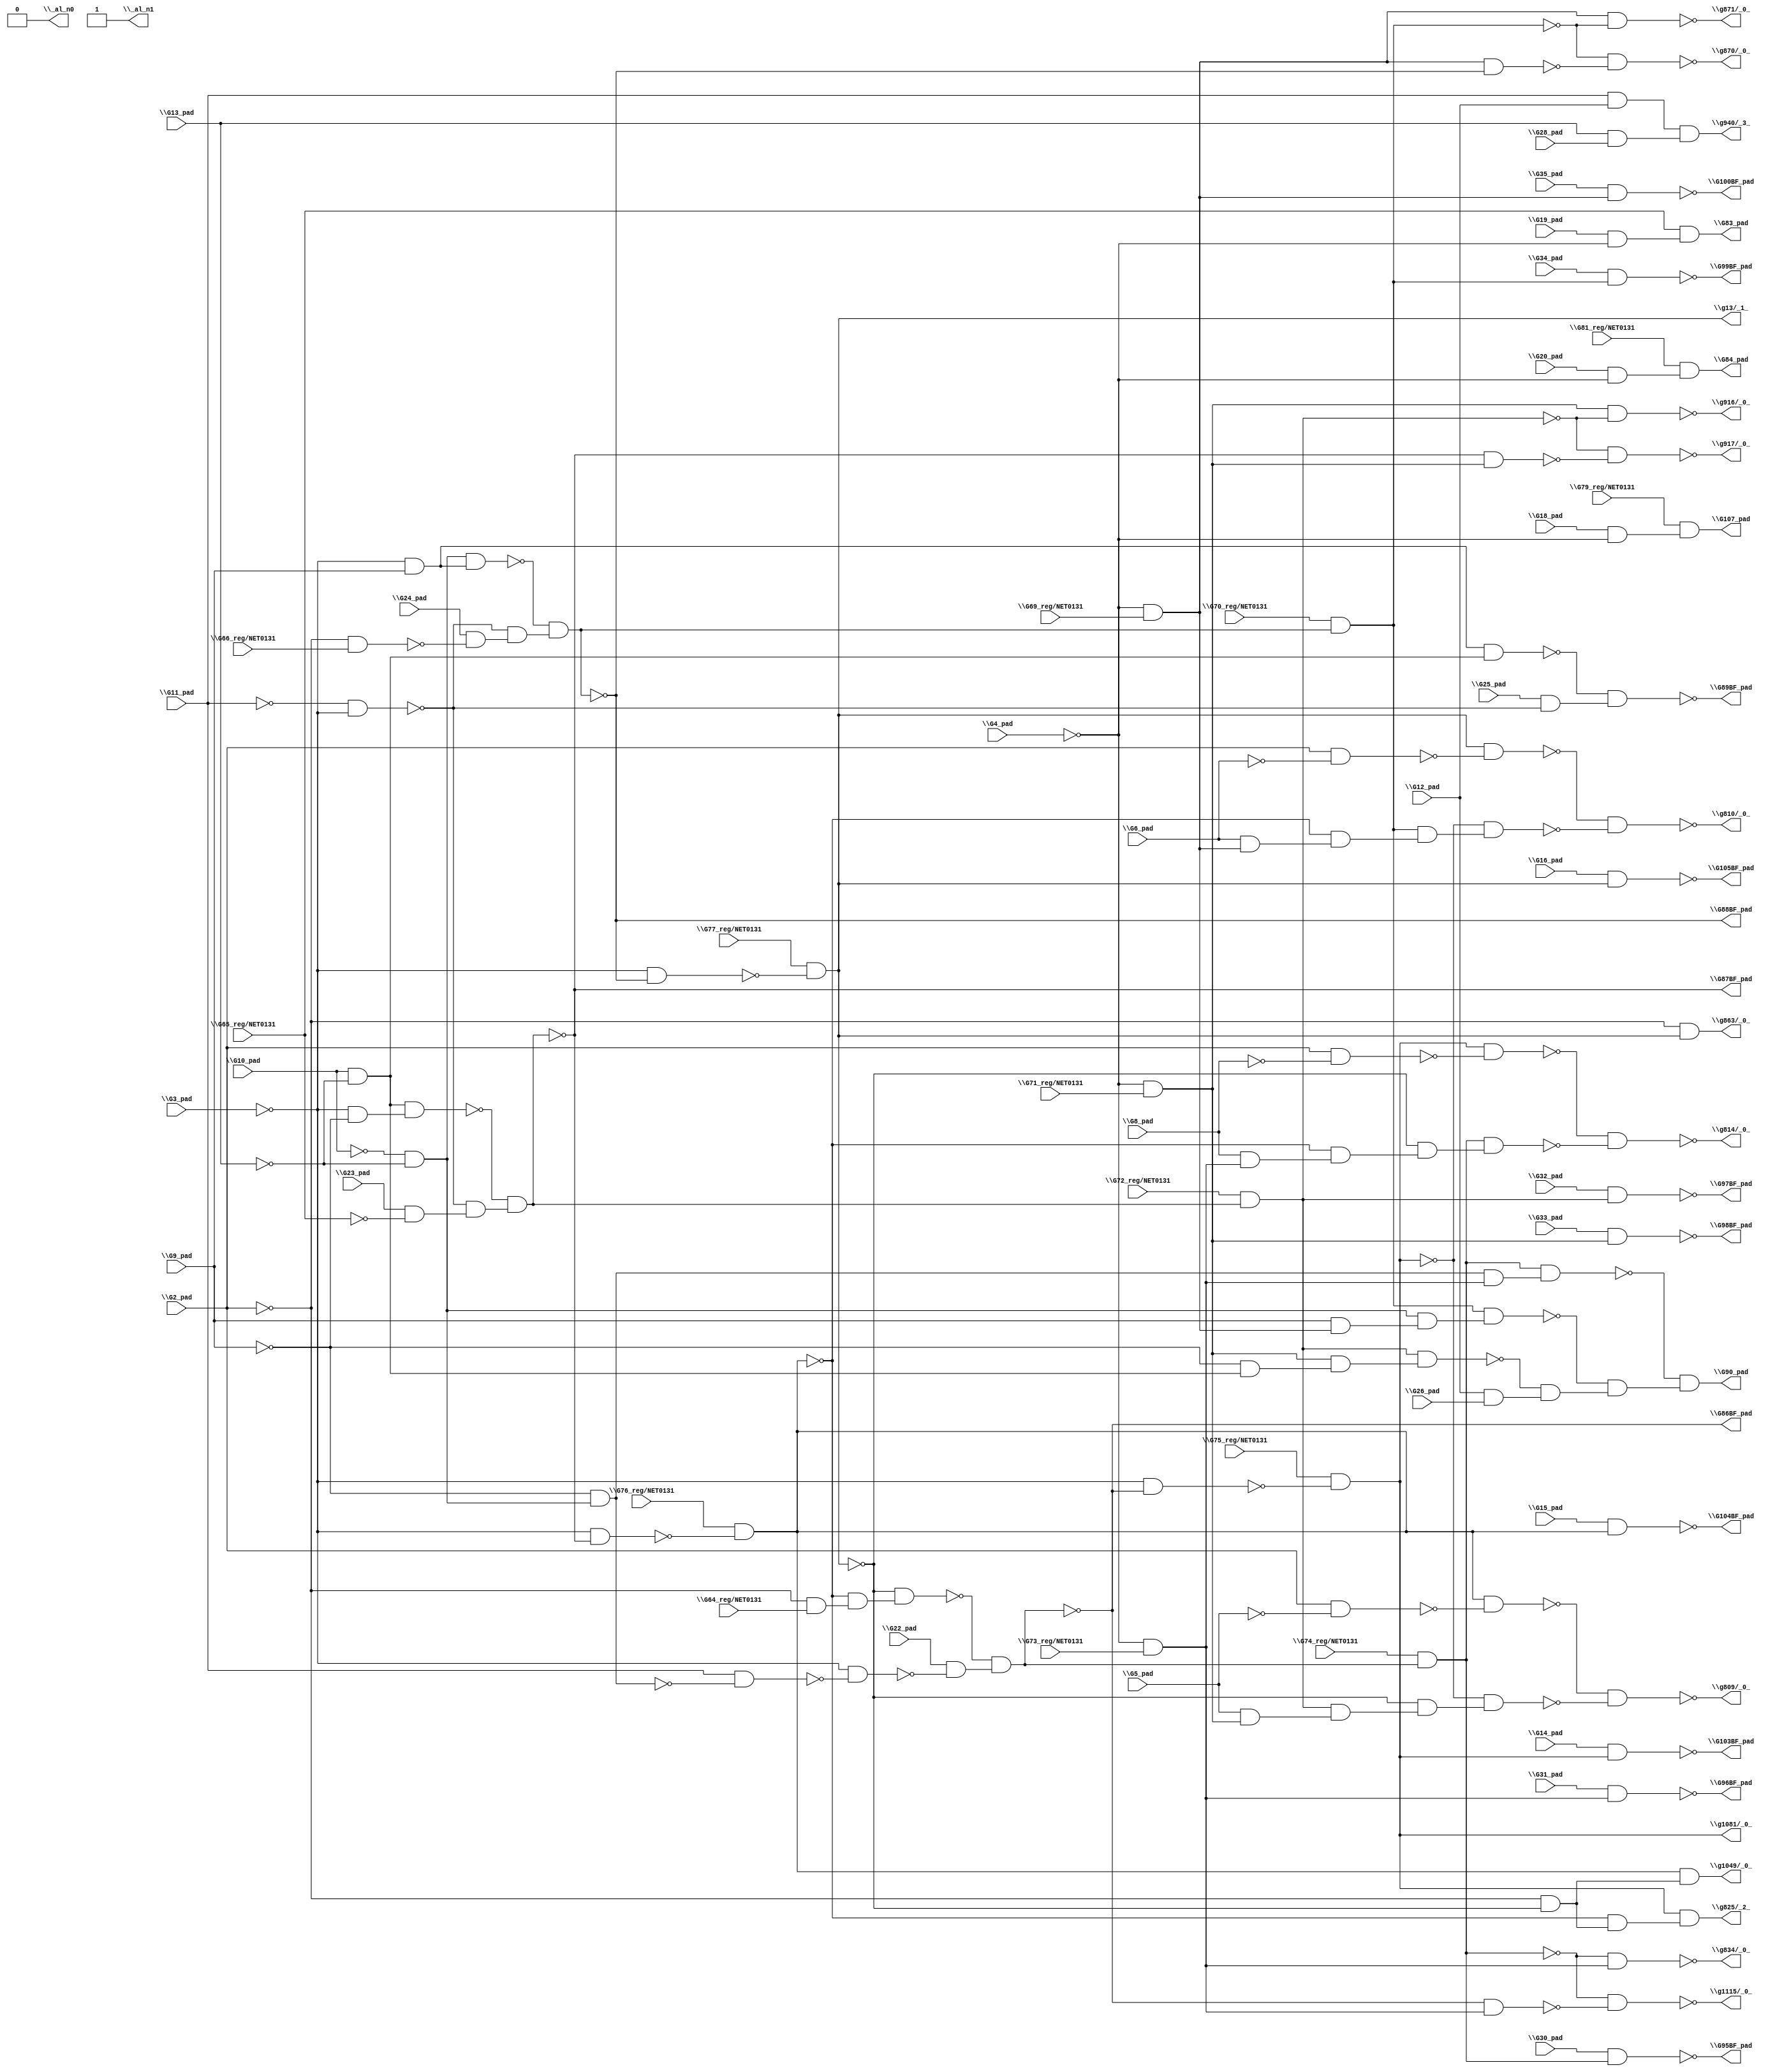
module top( \G10_pad  , \G11_pad  , \G12_pad  , \G13_pad  , \G14_pad  , \G15_pad  , \G16_pad  , \G18_pad  , \G19_pad  , \G20_pad  , \G22_pad  , \G23_pad  , \G24_pad  , \G25_pad  , \G26_pad  , \G28_pad  , \G2_pad  , \G30_pad  , \G31_pad  , \G32_pad  , \G33_pad  , \G34_pad  , \G35_pad  , \G3_pad  , \G4_pad  , \G5_pad  , \G64_reg/NET0131  , \G65_reg/NET0131  , \G66_reg/NET0131  , \G69_reg/NET0131  , \G6_pad  , \G70_reg/NET0131  , \G71_reg/NET0131  , \G72_reg/NET0131  , \G73_reg/NET0131  , \G74_reg/NET0131  , \G75_reg/NET0131  , \G76_reg/NET0131  , \G77_reg/NET0131  , \G79_reg/NET0131  , \G81_reg/NET0131  , \G8_pad  , \G9_pad  , \G100BF_pad  , \G103BF_pad  , \G104BF_pad  , \G105BF_pad  , \G107_pad  , \G83_pad  , \G84_pad  , \G86BF_pad  , \G87BF_pad  , \G88BF_pad  , \G89BF_pad  , \G90_pad  , \G95BF_pad  , \G96BF_pad  , \G97BF_pad  , \G98BF_pad  , \G99BF_pad  , \_al_n0  , \_al_n1  , \g1049/_0_  , \g1081/_0_  , \g1115/_0_  , \g13/_1_  , \g809/_0_  , \g810/_0_  , \g814/_0_  , \g825/_2_  , \g834/_0_  , \g863/_0_  , \g870/_0_  , \g871/_0_  , \g916/_0_  , \g917/_0_  , \g940/_3_  );
  input \G10_pad  ;
  input \G11_pad  ;
  input \G12_pad  ;
  input \G13_pad  ;
  input \G14_pad  ;
  input \G15_pad  ;
  input \G16_pad  ;
  input \G18_pad  ;
  input \G19_pad  ;
  input \G20_pad  ;
  input \G22_pad  ;
  input \G23_pad  ;
  input \G24_pad  ;
  input \G25_pad  ;
  input \G26_pad  ;
  input \G28_pad  ;
  input \G2_pad  ;
  input \G30_pad  ;
  input \G31_pad  ;
  input \G32_pad  ;
  input \G33_pad  ;
  input \G34_pad  ;
  input \G35_pad  ;
  input \G3_pad  ;
  input \G4_pad  ;
  input \G5_pad  ;
  input \G64_reg/NET0131  ;
  input \G65_reg/NET0131  ;
  input \G66_reg/NET0131  ;
  input \G69_reg/NET0131  ;
  input \G6_pad  ;
  input \G70_reg/NET0131  ;
  input \G71_reg/NET0131  ;
  input \G72_reg/NET0131  ;
  input \G73_reg/NET0131  ;
  input \G74_reg/NET0131  ;
  input \G75_reg/NET0131  ;
  input \G76_reg/NET0131  ;
  input \G77_reg/NET0131  ;
  input \G79_reg/NET0131  ;
  input \G81_reg/NET0131  ;
  input \G8_pad  ;
  input \G9_pad  ;
  output \G100BF_pad  ;
  output \G103BF_pad  ;
  output \G104BF_pad  ;
  output \G105BF_pad  ;
  output \G107_pad  ;
  output \G83_pad  ;
  output \G84_pad  ;
  output \G86BF_pad  ;
  output \G87BF_pad  ;
  output \G88BF_pad  ;
  output \G89BF_pad  ;
  output \G90_pad  ;
  output \G95BF_pad  ;
  output \G96BF_pad  ;
  output \G97BF_pad  ;
  output \G98BF_pad  ;
  output \G99BF_pad  ;
  output \_al_n0  ;
  output \_al_n1  ;
  output \g1049/_0_  ;
  output \g1081/_0_  ;
  output \g1115/_0_  ;
  output \g13/_1_  ;
  output \g809/_0_  ;
  output \g810/_0_  ;
  output \g814/_0_  ;
  output \g825/_2_  ;
  output \g834/_0_  ;
  output \g863/_0_  ;
  output \g870/_0_  ;
  output \g871/_0_  ;
  output \g916/_0_  ;
  output \g917/_0_  ;
  output \g940/_3_  ;
  wire n44 , n45 , n46 , n47 , n48 , n49 , n50 , n51 , n52 , n53 , n54 , n55 , n56 , n57 , n58 , n59 , n60 , n61 , n62 , n63 , n64 , n65 , n66 , n67 , n68 , n69 , n70 , n71 , n72 , n73 , n74 , n75 , n76 , n77 , n78 , n79 , n80 , n81 , n82 , n83 , n84 , n85 , n86 , n87 , n88 , n89 , n90 , n91 , n92 , n93 , n94 , n95 , n96 , n97 , n98 , n99 , n100 , n101 , n102 , n103 , n104 , n105 , n106 , n107 , n108 , n109 , n110 , n111 , n112 , n113 , n114 , n115 , n116 , n117 , n118 , n119 , n120 , n121 , n122 , n123 , n124 , n125 , n126 , n127 , n128 , n129 , n130 , n131 , n132 , n133 , n134 , n135 , n136 , n137 , n138 , n139 , n140 , n141 , n142 , n143 , n144 , n145 ;
  assign n44 = ~\G4_pad  & \G69_reg/NET0131  ;
  assign n45 = \G35_pad  & n44 ;
  assign n47 = ~\G10_pad  & ~\G13_pad  ;
  assign n48 = ~\G3_pad  & \G9_pad  ;
  assign n49 = n47 & n48 ;
  assign n50 = ~\G11_pad  & ~\G3_pad  ;
  assign n46 = ~\G2_pad  & \G66_reg/NET0131  ;
  assign n51 = \G24_pad  & ~n46 ;
  assign n52 = ~n50 & n51 ;
  assign n53 = ~n49 & n52 ;
  assign n54 = ~\G3_pad  & ~n53 ;
  assign n55 = \G77_reg/NET0131  & ~n54 ;
  assign n56 = \G10_pad  & ~\G13_pad  ;
  assign n57 = ~\G3_pad  & ~\G9_pad  ;
  assign n58 = n56 & n57 ;
  assign n59 = \G23_pad  & ~\G65_reg/NET0131  ;
  assign n60 = ~n50 & n59 ;
  assign n61 = ~n58 & n60 ;
  assign n62 = ~\G3_pad  & ~n61 ;
  assign n63 = \G76_reg/NET0131  & ~n62 ;
  assign n64 = ~\G2_pad  & \G64_reg/NET0131  ;
  assign n65 = ~n63 & n64 ;
  assign n66 = ~n55 & n65 ;
  assign n67 = ~\G9_pad  & n47 ;
  assign n68 = \G11_pad  & ~n67 ;
  assign n69 = ~\G3_pad  & ~n68 ;
  assign n70 = \G22_pad  & ~n69 ;
  assign n71 = ~n66 & n70 ;
  assign n72 = ~\G3_pad  & ~n71 ;
  assign n73 = \G75_reg/NET0131  & ~n72 ;
  assign n74 = \G14_pad  & n73 ;
  assign n75 = \G15_pad  & n63 ;
  assign n76 = \G16_pad  & n55 ;
  assign n77 = \G18_pad  & ~\G4_pad  ;
  assign n78 = \G79_reg/NET0131  & n77 ;
  assign n79 = \G19_pad  & ~\G4_pad  ;
  assign n80 = \G65_reg/NET0131  & n79 ;
  assign n81 = \G20_pad  & ~\G4_pad  ;
  assign n82 = \G81_reg/NET0131  & n81 ;
  assign n83 = n48 & n56 ;
  assign n84 = \G25_pad  & ~n50 ;
  assign n85 = ~n83 & n84 ;
  assign n95 = \G74_reg/NET0131  & n71 ;
  assign n96 = ~\G4_pad  & \G73_reg/NET0131  ;
  assign n97 = n67 & n96 ;
  assign n98 = n95 & n97 ;
  assign n91 = \G70_reg/NET0131  & n53 ;
  assign n92 = \G9_pad  & n44 ;
  assign n93 = n47 & n92 ;
  assign n94 = n91 & n93 ;
  assign n87 = \G72_reg/NET0131  & n61 ;
  assign n86 = ~\G4_pad  & \G71_reg/NET0131  ;
  assign n88 = ~\G9_pad  & n56 ;
  assign n89 = n86 & n88 ;
  assign n90 = n87 & n89 ;
  assign n99 = \G12_pad  & \G26_pad  ;
  assign n100 = ~n90 & n99 ;
  assign n101 = ~n94 & n100 ;
  assign n102 = ~n98 & n101 ;
  assign n103 = \G30_pad  & n95 ;
  assign n104 = \G31_pad  & n96 ;
  assign n105 = \G32_pad  & n87 ;
  assign n106 = \G33_pad  & n86 ;
  assign n107 = \G34_pad  & n91 ;
  assign n108 = ~\G2_pad  & ~n55 ;
  assign n109 = n63 & n108 ;
  assign n110 = ~n71 & n96 ;
  assign n111 = ~n95 & ~n110 ;
  assign n112 = \G2_pad  & ~\G5_pad  ;
  assign n113 = n63 & ~n112 ;
  assign n114 = \G5_pad  & n86 ;
  assign n115 = n87 & n114 ;
  assign n116 = ~n55 & n115 ;
  assign n117 = ~n73 & n116 ;
  assign n118 = ~n113 & ~n117 ;
  assign n119 = \G2_pad  & ~\G6_pad  ;
  assign n120 = n55 & ~n119 ;
  assign n121 = \G6_pad  & n44 ;
  assign n122 = ~n63 & n121 ;
  assign n123 = n91 & n122 ;
  assign n124 = ~n73 & n123 ;
  assign n125 = ~n120 & ~n124 ;
  assign n126 = \G2_pad  & ~\G8_pad  ;
  assign n127 = n73 & ~n126 ;
  assign n128 = \G8_pad  & n96 ;
  assign n129 = ~n63 & n128 ;
  assign n130 = ~n55 & n129 ;
  assign n131 = n95 & n130 ;
  assign n132 = ~n127 & ~n131 ;
  assign n133 = ~n63 & n108 ;
  assign n134 = n73 & n133 ;
  assign n135 = ~n95 & n96 ;
  assign n136 = ~\G2_pad  & n55 ;
  assign n137 = n44 & ~n53 ;
  assign n138 = ~n91 & ~n137 ;
  assign n139 = n44 & ~n91 ;
  assign n140 = n86 & ~n87 ;
  assign n141 = ~n61 & n86 ;
  assign n142 = ~n87 & ~n141 ;
  assign n143 = \G11_pad  & \G12_pad  ;
  assign n144 = \G13_pad  & \G28_pad  ;
  assign n145 = n143 & n144 ;
  assign \G100BF_pad  = ~n45 ;
  assign \G103BF_pad  = ~n74 ;
  assign \G104BF_pad  = ~n75 ;
  assign \G105BF_pad  = ~n76 ;
  assign \G107_pad  = n78 ;
  assign \G83_pad  = n80 ;
  assign \G84_pad  = n82 ;
  assign \G86BF_pad  = ~n71 ;
  assign \G87BF_pad  = ~n61 ;
  assign \G88BF_pad  = ~n53 ;
  assign \G89BF_pad  = ~n85 ;
  assign \G90_pad  = n102 ;
  assign \G95BF_pad  = ~n103 ;
  assign \G96BF_pad  = ~n104 ;
  assign \G97BF_pad  = ~n105 ;
  assign \G98BF_pad  = ~n106 ;
  assign \G99BF_pad  = ~n107 ;
  assign \_al_n0  = 1'b0 ;
  assign \_al_n1  = ~1'b0 ;
  assign \g1049/_0_  = n109 ;
  assign \g1081/_0_  = n73 ;
  assign \g1115/_0_  = ~n111 ;
  assign \g13/_1_  = n55 ;
  assign \g809/_0_  = ~n118 ;
  assign \g810/_0_  = ~n125 ;
  assign \g814/_0_  = ~n132 ;
  assign \g825/_2_  = n134 ;
  assign \g834/_0_  = ~n135 ;
  assign \g863/_0_  = n136 ;
  assign \g870/_0_  = ~n138 ;
  assign \g871/_0_  = ~n139 ;
  assign \g916/_0_  = ~n140 ;
  assign \g917/_0_  = ~n142 ;
  assign \g940/_3_  = n145 ;
endmodule